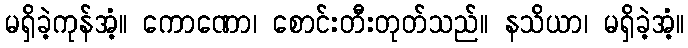
မရှိခဲ့ကုန်အံ့။ ကောဏော၊ စောင်းတီးတုတ်သည်။ နသိယာ၊ မရှိခဲ့အံ့။